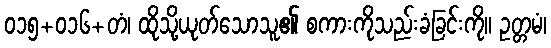
၀၁၅+၀၁၆+တံ၊ ထိုသို့ယုတ်သောသူ၏ စကားကိုသည်းခံခြင်းကို။ ဥတ္တမံ၊